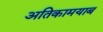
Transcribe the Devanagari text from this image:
अतिकामयाब